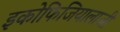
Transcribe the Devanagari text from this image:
इकोफिजियालाजी